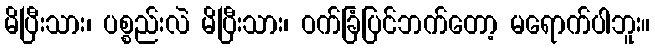
မိပြီးသား၊ ပစ္စည်းလဲ မိပြီးသား၊ ဝက်ခြံပြင်ဘက်တော့ မရောက်ပါဘူး။